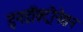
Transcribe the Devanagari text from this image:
इनडॉक्ट्रीनेशन